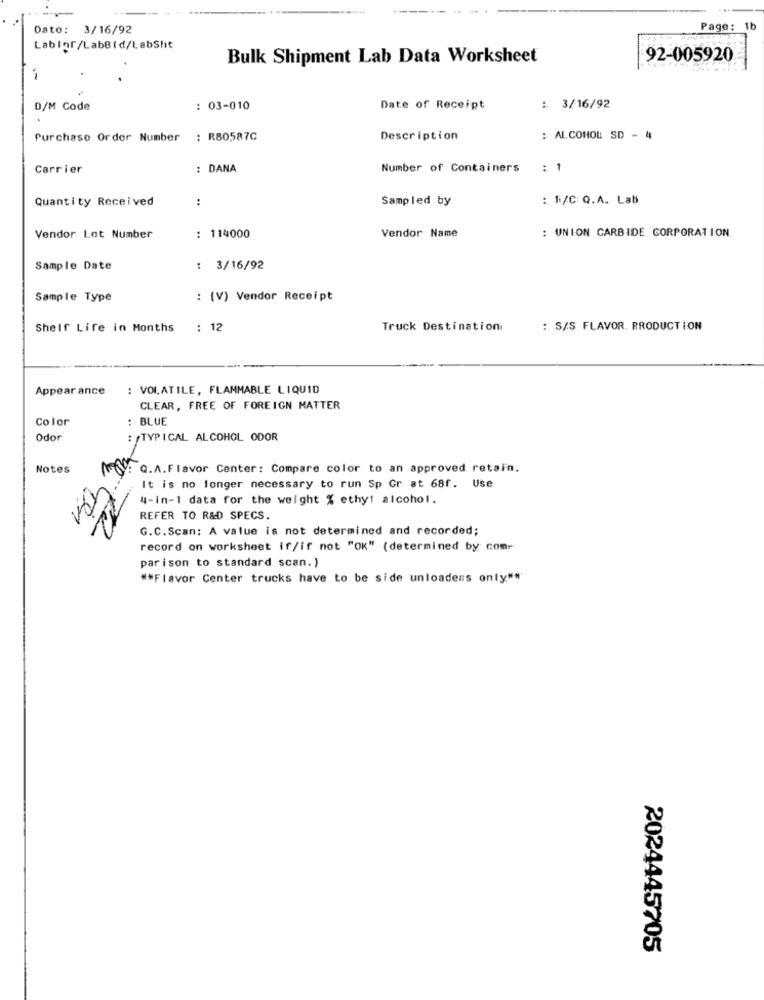
Date: 3/16/92
Page: 1
LabInf/LabBld/LabShit
Bulk Shipment Lab Data Worksheet
92-005920
D/M Code
: 03-010
Date of Receipt
: 3/16/92
Purchase Order Number
: R80587C
Description
: ALCOHOL SD - 4
Carrier
DANA
Number of Containers
: 1
Quantity Received
:
Sampled by
: F/C: Q.A. Lab
: UNION CARBIDE CORPORATION.
Vendor Lot Number
: 114000
Vendor Name
Sample Date
: 3/16/92
Sample Type
: (V) Vendor Receipt
Shelf Life in Months
: 12
Truck Destination
: S/S FLAVOR. PRODUCTION
Appear ance
: VOLATILE, FLAMMABLE LIQUID
CLEAR, FREE OF FOREIGN MATTER
Color
: BLUE
Odor
: TYPICAL ALCOHOL ODOR
Notes
: Q.A.Flavor Center: Compare color to an approved retain.
It is no longer necessary to run Sp Gr at 68f. Use
4-in-1 data for the weight % ethyl alcohol.
REFER TO R&D SPECS.
G.C.Scan: A value is not determined and recorded;
record on worksheet if/if not "OK" (determined by comr
par ison to standard scan.)
##Flavor Center trucks have to be side unloadens only"*
2024445705